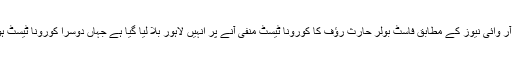
اے آر وائی نیوز کے مطابق فاسٹ بولر حارث رؤف کا کورونا ٹیسٹ منفی آنے پر انہیں لاہور بلا لیا گیا ہے جہاں دوسرا کورونا ٹیسٹ ہوگا۔